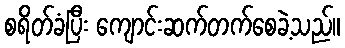
စရိတ်ခံပြီး ကျောင်းဆက်တက်စေခဲ့သည်။